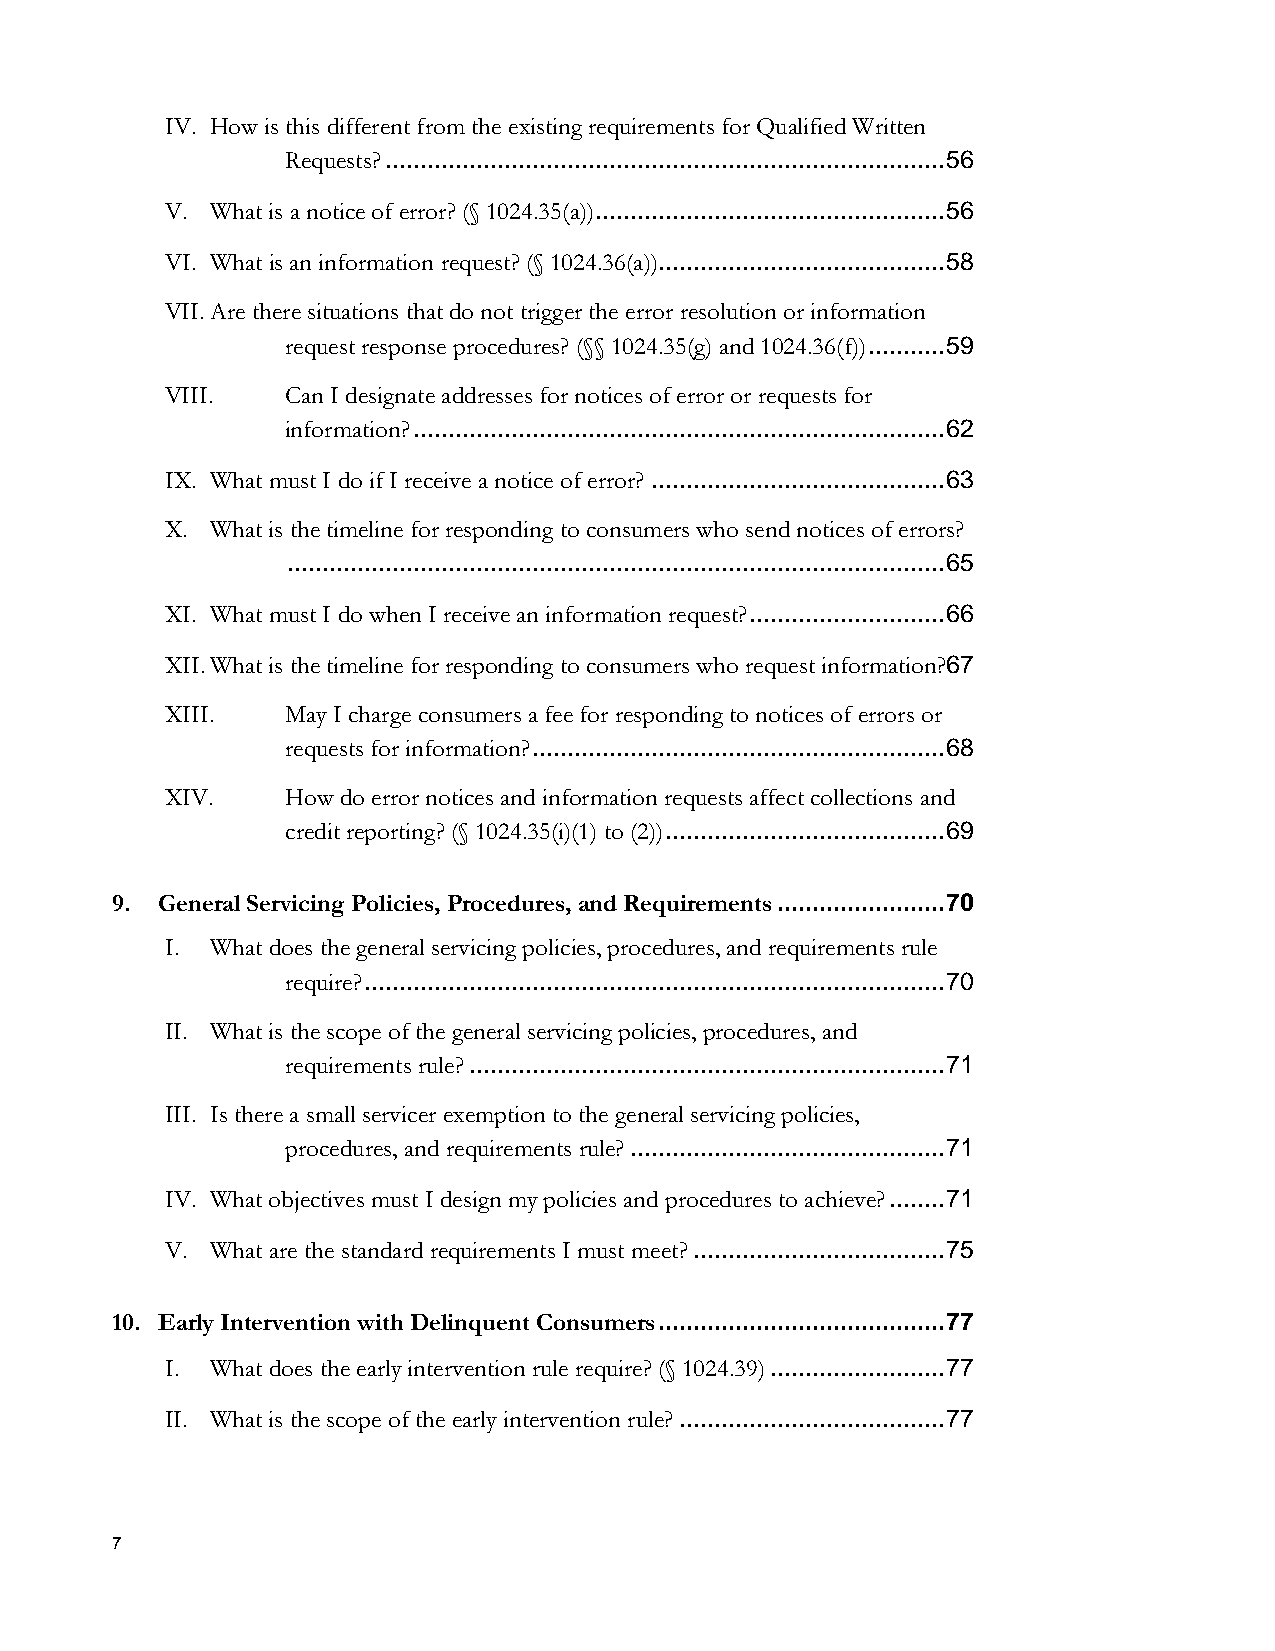
IV. How is this different from the existing requirements for Qualified Written
 Requests? ................................................................................ 56
 V. What is a notice of error? (§ 1024.35(a)) .................................................. 56
 VI. What is an information request? (§ 1024.36(a))......................................... 58
 VII. Are there situations that do not trigger the error resolution or information
 request response procedures? (§§ 1024.35(g) and 1024.36(f)) ........... 59
 VIII.   Can I designate addresses for notices of error or requests for
 information? ............................................................................ 62
 IX. What must I do if I receive a notice of error? .......................................... 63
 X. What is the timeline for responding to consumers who send notices of errors?
 .............................................................................................. 65
 XI. What must I do when I receive an information request? ............................ 66
 XII. What is the timeline for responding to consumers who request information?67
 XIII.   May I charge consumers a fee for responding to notices of errors or
 requests for information? ........................................................... 68
 XIV.    How do error notices and information requests affect collections and
 credit reporting? (§ 1024.35(i)(1) to (2)) ........................................ 69
 9. General Servicing Policies, Procedures, and Requirements ........................ 70
 I. What does the general servicing policies, procedures, and requirements rule
 require? ................................................................................... 70
 II. What is the scope of the general servicing policies, procedures, and
 requirements rule? .................................................................... 71
 III. Is there a small servicer exemption to the general servicing policies,
 procedures, and requirements rule? ............................................. 71
 IV. What objectives must I design my policies and procedures to achieve? ........ 71
 V. What are the standard requirements I must meet? .................................... 75
 10. Early Intervention with Delinquent Consumers ......................................... 77
 I. What does the early intervention rule require? (§ 1024.39) ......................... 77
 II. What is the scope of the early intervention rule? ...................................... 77
 7